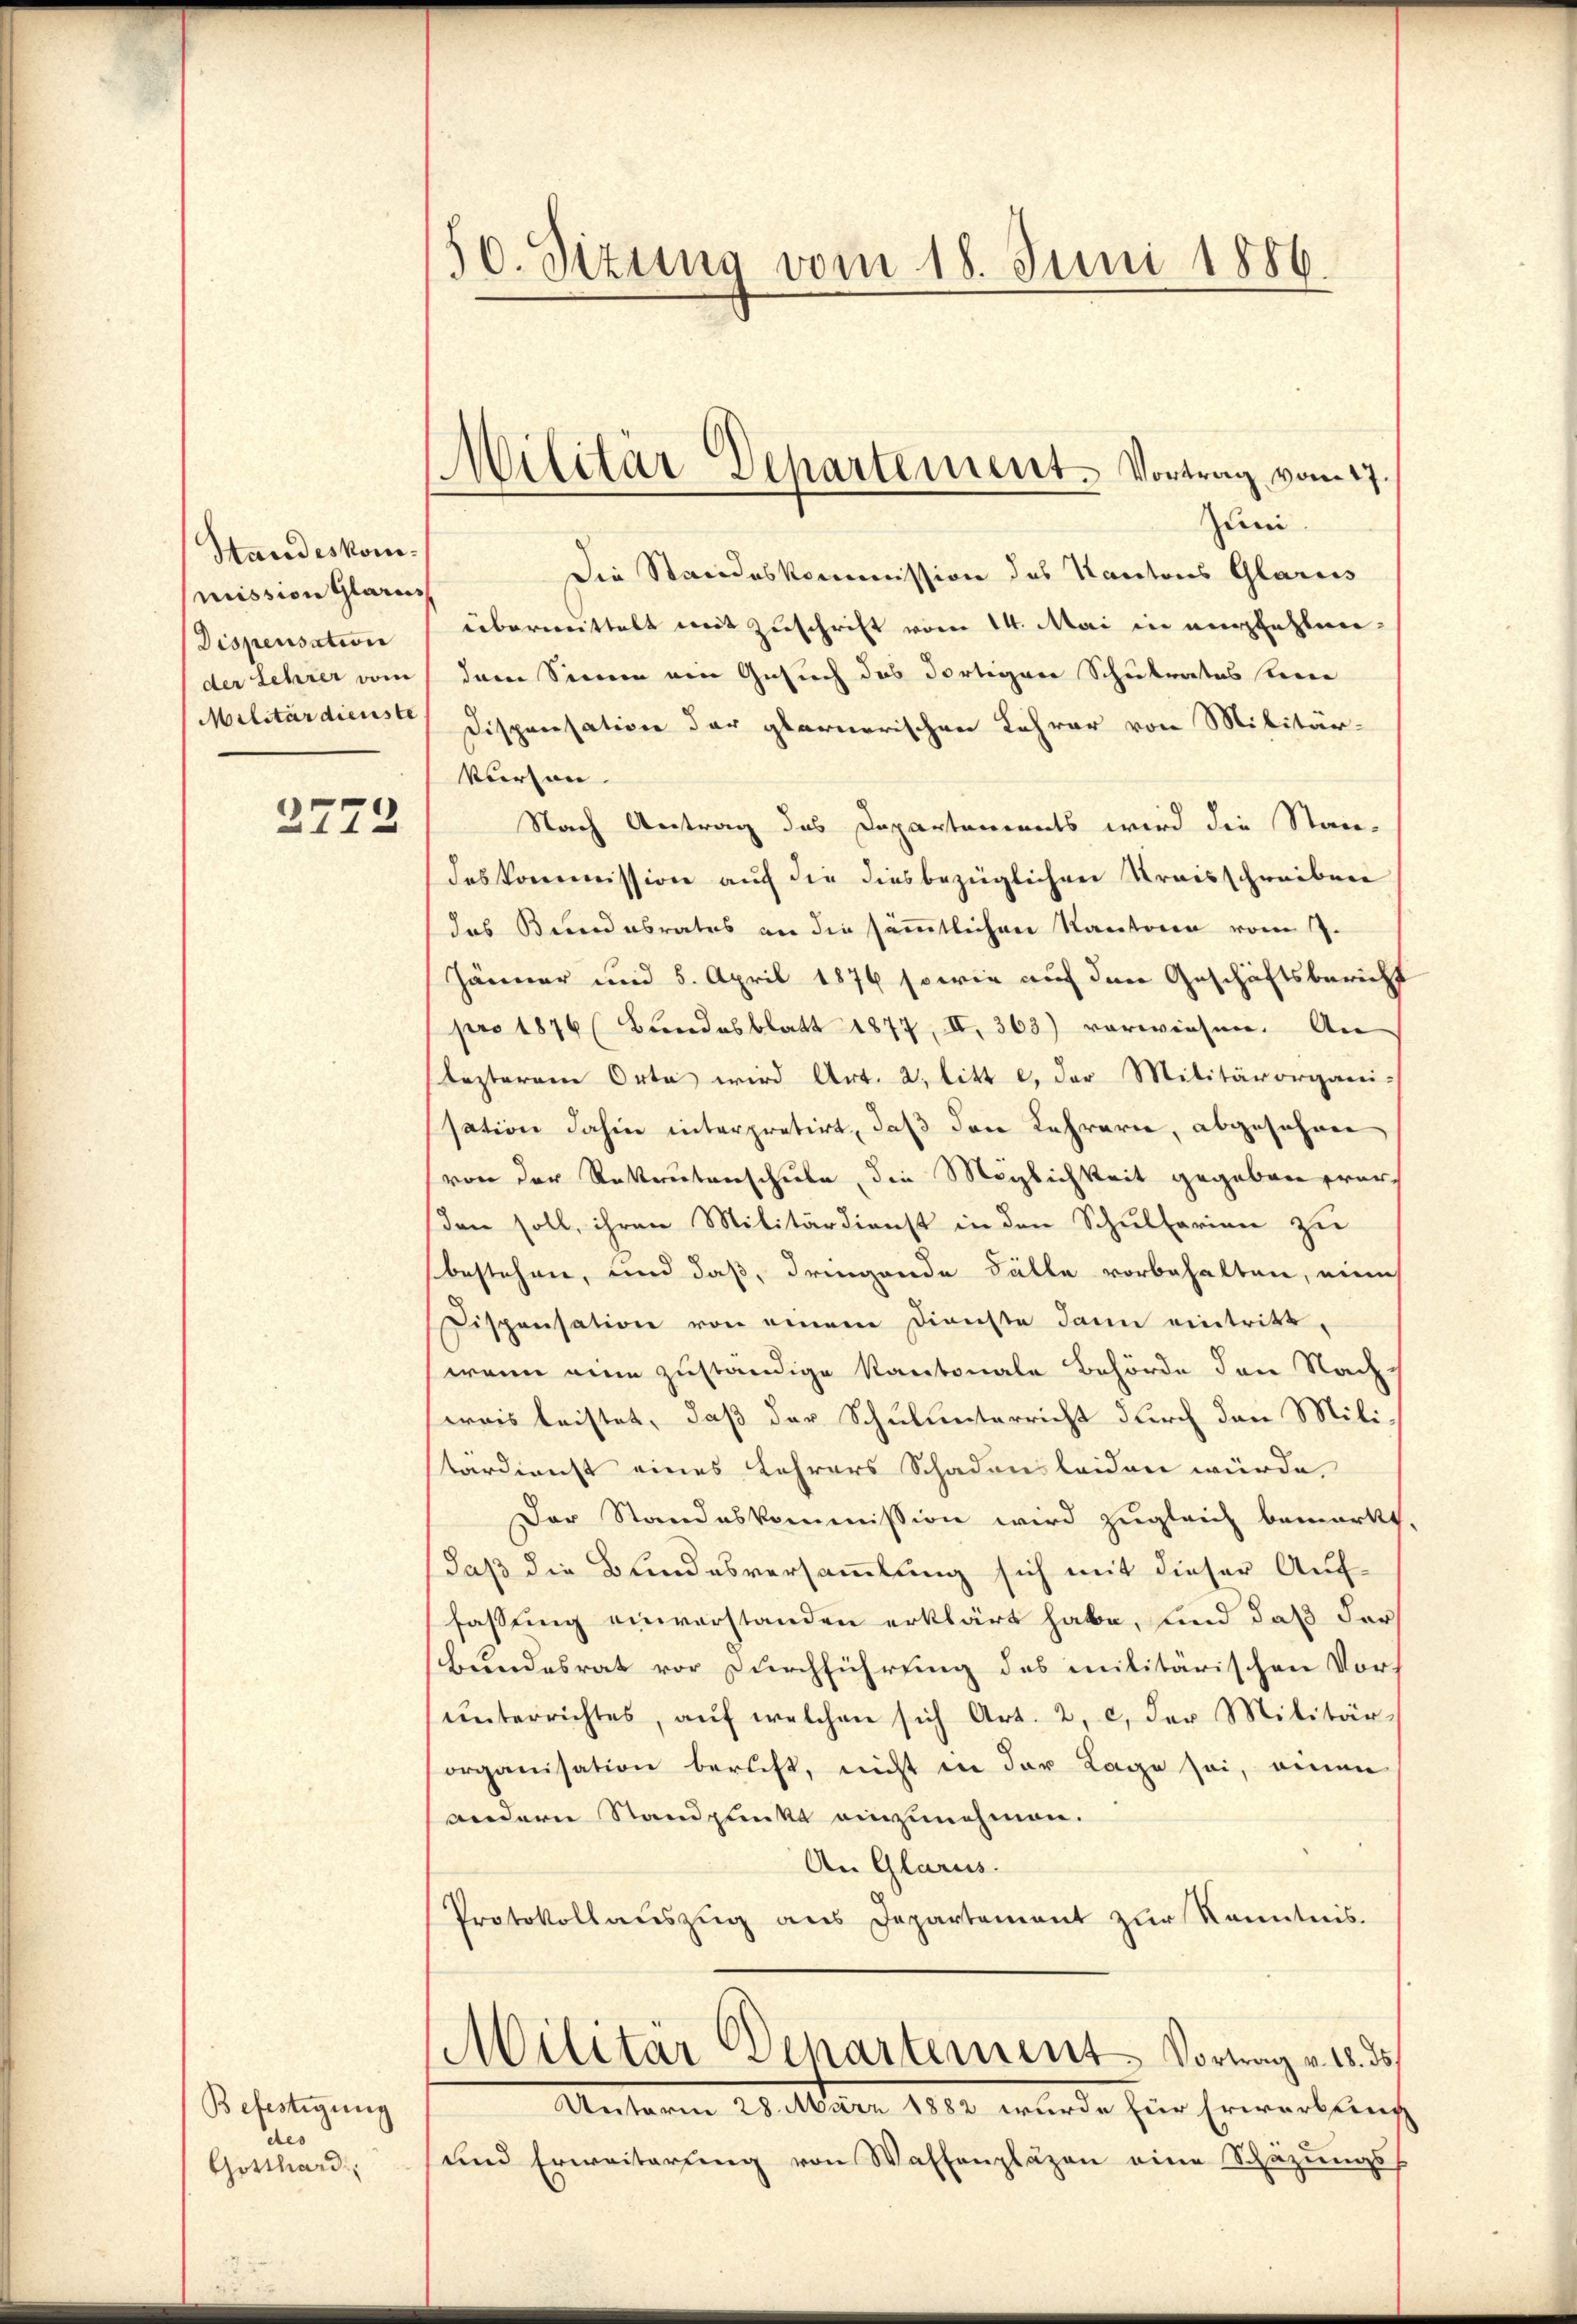
Standeskommiission Glarus
Dispensation
der Lehrer vom
Militärdienste

3773.

Befestigung
des
Gotthard

50. Sizung vom 18. Juni 1886.

Militär Departement. Vortrag vom 27.

Zumi
Die Standeskommission des Kantons Glarus
übermittelt mit Zuschrift vom 14. Mai in empfehlen.
dann Sinnen ein Gesuch des dortigen Schulrates steine
Dispensation der glarnerischen Lehrer von Militär-
kurson.
Nach Antrag des Departements wird die Standeskommission auf die diesbezüglichen Kraisschreiben
das Bund abrates an die sämmtlichen Kantonen vom 1.
Jänner und 5. April 1876 sowie auf den Geschäftsbericht
pro 1876 (Bundesblatt 1877, II. 363) verwiesen. An
lezterem Orte wird Art. 2, litt e. der Militärorgani-
sation dahin interpretirt, daß den Lehrern, abgesehnen
von der Rekrutenschule, die Möglichkeit gegeben war,
sden soll, ihren Militärdienst in den Schulferien zu
bestehen, und daß, dringende Fälle vorbehalten, eine
Dispensation von einem Dienste dann eintritt,
wenn eine zuständige Kantonale Behörde den Nach
weis leistet, daß der Schulunterricht durch den Militärdienst eines Lehrers Schadens leiden würde,
Der Standeskommission wird zugleich bemerkt,
daß die Bundesversammlung sich mit dieser Auf-
fassung einverstanden erklärt habe, und daß der
bundesrat vor Durchführung des militärischen Vors
ŭnterrichtes, aŭf welchen sich Art. 2, c. der Militär-
organisation beruht, nicht in der Lage sei, einen
andern Standpunkt einzunehmen.
An Glarus.
Protokollauszug aus Departement zur Kenntnis.
Militar Separtement. Vortrag v. 18. ds.
Unterm 28. März 1882 wurde für Erwerbung
und Erweiterung von Waffenpläzen eine Schäzungs-